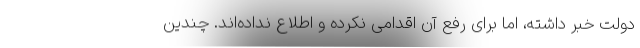
دولت خبر داشته، اما برای رفع آن اقدامی نکرده و اطلاع نداده‌اند. چندین